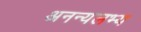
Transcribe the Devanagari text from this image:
अनन्यलभ्य